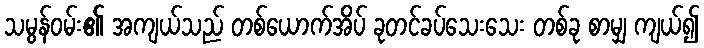
သမွန်ဝမ်း၏ အကျယ်သည် တစ်ယောက်အိပ် ခုတင်ခပ်သေးသေး တစ်ခု စာမျှ ကျယ်၍